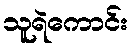
သူရဲကောင်း